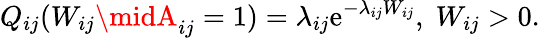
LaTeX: Q_{ij}(W_{ij}\midA_{ij}=1)=\lambda_{ij}\mathrm{e}^{-\lambda_{ij}W_{ij}},\; W_{ij}>0.